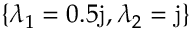
\left\{ \lambda _ { 1 } = 0 . 5 \mathrm { j } , \lambda _ { 2 } = \mathrm { j } \right\}